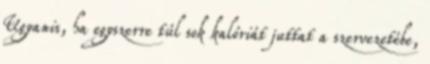
Ugyanis, ha egyszerre túl sok kalóriát juttat a szervezetébe,